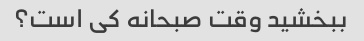
ببخشید وقت صبحانه کی است؟